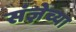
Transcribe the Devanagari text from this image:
संज्ञेच्या